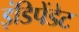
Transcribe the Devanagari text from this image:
इंडिपेंडेट